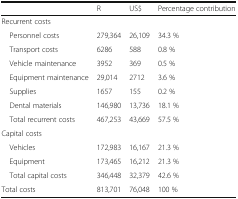
<table><thead><tr><td></td><td><b>R</b></td><td><b>US$</b></td><td><b>Percentage contribution</b></td></tr></thead><tbody><tr><td colspan="4">Recurrent costs</td></tr><tr><td> Personnel costs</td><td>279,364</td><td>26,109</td><td>34.3 %</td></tr><tr><td> Transport costs</td><td>6286</td><td>588</td><td>0.8 %</td></tr><tr><td> Vehicle maintenance</td><td>3952</td><td>369</td><td>0.5 %</td></tr><tr><td> Equipment maintenance</td><td>29,014</td><td>2712</td><td>3.6 %</td></tr><tr><td> Supplies</td><td>1657</td><td>155</td><td>0.2 %</td></tr><tr><td> Dental materials</td><td>146,980</td><td>13,736</td><td>18.1 %</td></tr><tr><td> Total recurrent costs</td><td>467,253</td><td>43,669</td><td>57.5 %</td></tr><tr><td colspan="4">Capital costs</td></tr><tr><td> Vehicles</td><td>172,983</td><td>16,167</td><td>21.3 %</td></tr><tr><td> Equipment</td><td>173,465</td><td>16,212</td><td>21.3 %</td></tr><tr><td> Total capital costs</td><td>346,448</td><td>32,379</td><td>42.6 %</td></tr><tr><td>Total costs</td><td>813,701</td><td>76,048</td><td>100 %</td></tr></tbody></table>